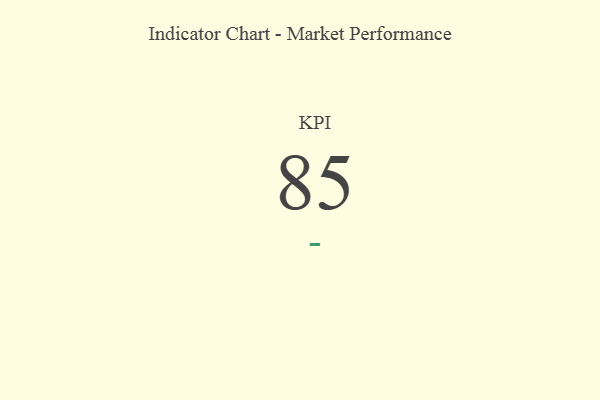
{"axis": {"x": "KPI", "y": "Value"}, "legend": [""], "data": [{"x": "KPI", "y": 85, "type": ""}]}